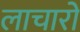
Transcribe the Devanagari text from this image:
लाचारों